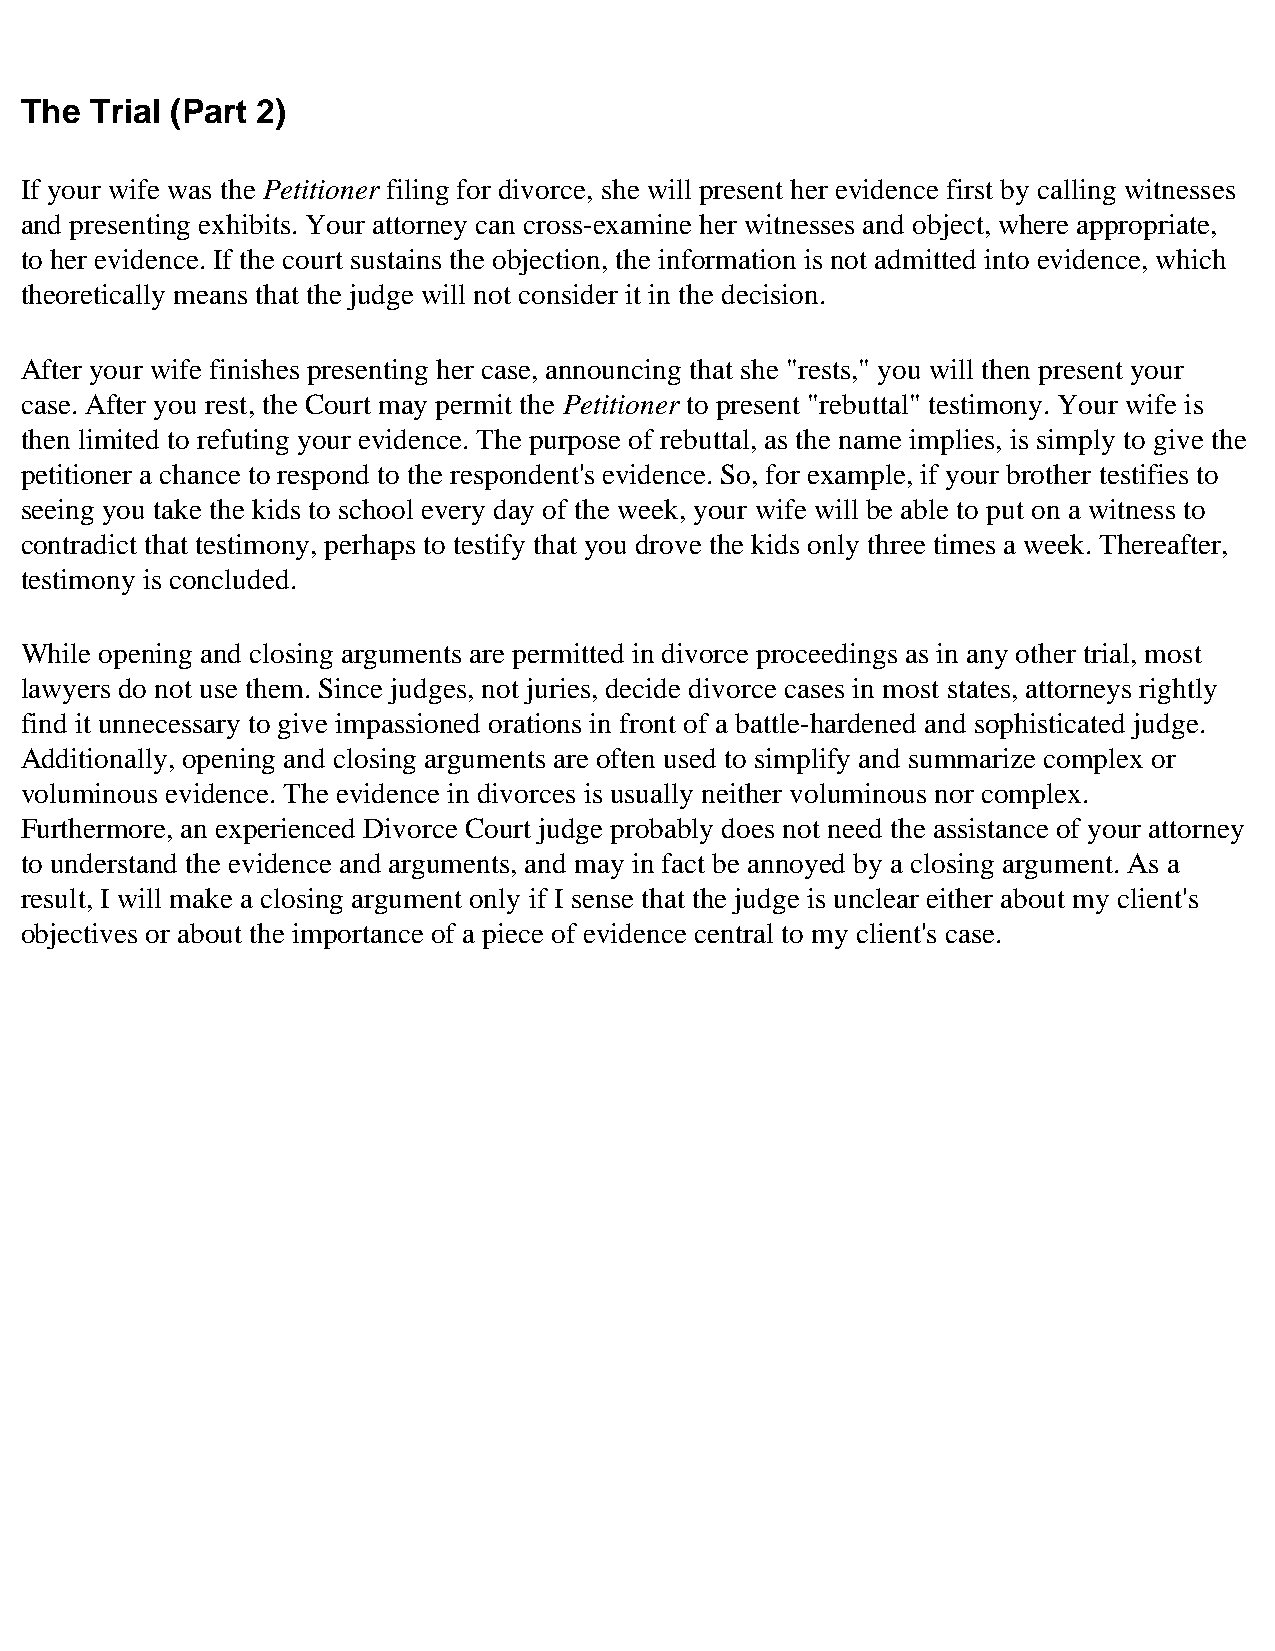
The  Trial (Part 2)
 If your wife was the Petitioner filing for divorce, she will present her evidence first by calling witnesses
 and presenting exhibits. Your attorney can cross-examine her witnesses and object, where appropriate,
 to her evidence. If the court sustains the objection, the information is not admitted into evidence, which
 theoretically means that the judge will not consider it in the decision.
 After your wife finishes presenting her case, announcing that she "rests," you will then present your
 case. After you rest, the Court may permit the Petitioner to present "rebuttal" testimony. Your wife is
 then limited to refuting your evidence. The purpose of rebuttal, as the name implies, is simply to give the
 petitioner a chance to respond to the respondent's evidence. So, for example, if your brother testifies to
 seeing you take the kids to school every day of the week, your wife will be able to put on a witness to
 contradict that testimony, perhaps to testify that you drove the kids only three times a week. Thereafter,
 testimony is concluded.
 While opening and closing arguments are permitted in divorce proceedings as in any other trial, most
 lawyers do not use them. Since judges, not juries, decide divorce cases in most states, attorneys rightly
 find it unnecessary to give impassioned orations in front of a battle-hardened and sophisticated judge.
 Additionally, opening and closing arguments are often used to simplify and summarize complex or
 voluminous evidence. The evidence in divorces is usually neither voluminous nor complex.
 Furthermore, an experienced Divorce Court judge probably does not need the assistance of your attorney
 to understand the evidence and arguments, and may in fact be annoyed by a closing argument. As a
 result, I will make a closing argument only if I sense that the judge is unclear either about my client's
 objectives or about the importance of a piece of evidence central to my client's case.